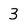
Character: 3